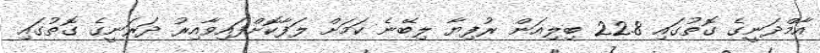
އާމްދަނީގެ ގޮތުގައި 22.8 ބިލިއަން ރުފިޔާ ލިބޭނެ ކަމަށް ލަފާކޮށްފައިވާއިރު ދަރަނީގެ ގޮތުގައި